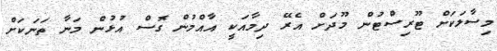
މިސާލަކަށް ޓޫރިސްޓުން މޫދަށް އެރޭ ދިމާއަކީ އާއްމުން ގޮސް އުޅުން މަނާ ތަނަކަށް